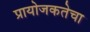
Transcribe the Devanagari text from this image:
प्रायोजकतेचा